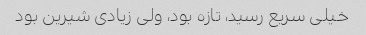
خیلی سریع رسید، تازه بود، ولی زیادی شیرین بود